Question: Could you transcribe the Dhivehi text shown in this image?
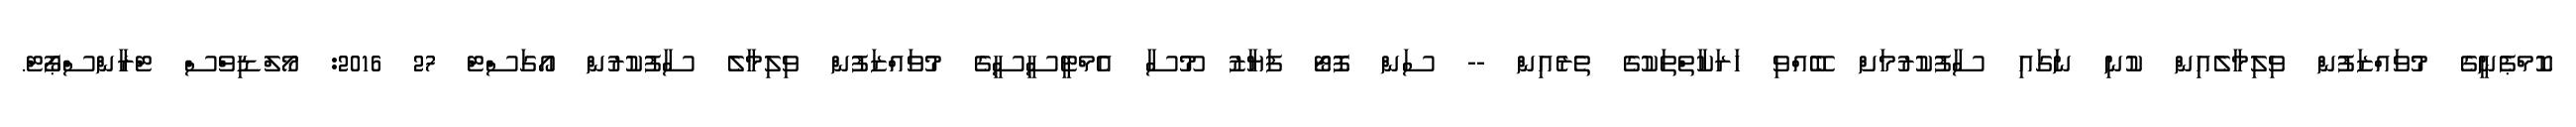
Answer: ކޮމްޕެނީގެ މުވައްޒަފުން ވިލިމާލެއިން ކުނި ނަގައި ސާފުކުރުމަށް ބޭއްވި ހަރަކާތްތަކުގެ ތެރެއިން -- ސަން ފޮޓޯ ފަޔާޒު މޫސާ އެމްޓީސީސީގެ މުވައްޒަފުން ވިލިމާލެ ސާފުކުރުން އޯގަސްޓް 27 2016: މޯލްޑިވްސް ޓްރާންސްޕޯޓް.